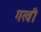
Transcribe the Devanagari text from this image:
गरवी